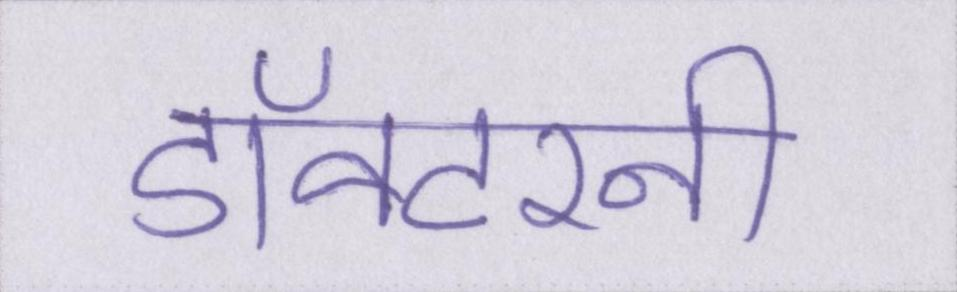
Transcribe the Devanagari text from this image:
डॉक्टरनी